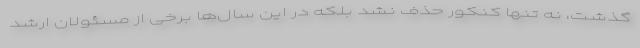
گذشت، نه تنها کنکور حذف نشد بلکه در این سال‌ها برخی از مسئولان ارشد